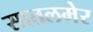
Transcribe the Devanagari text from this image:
सातलमेर